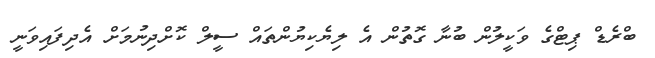
ބްރެޑް ޕިޓްގެ ވަކީލުން ބުނާ ގޮތުން އެ ލިޔެކިޔުންތައް ސީލް ކޮށްދިނުމަށް އެދިފައިވަނީ